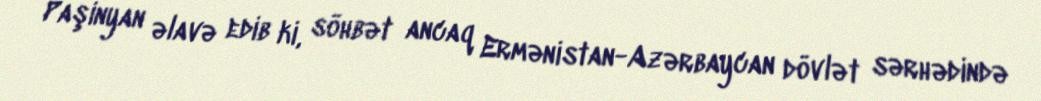
Paşinyan əlavə edib ki, söhbət ancaq Ermənistan-Azərbaycan dövlət sərhədində